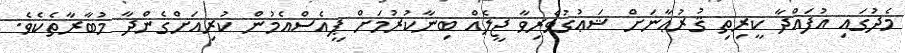
މެދުގައި އުފައްދާ ކީރިތި ޤުރުޢާނަށް ޝަޢުގުވެރިވާ ޖީލެއް ބިނާކުރުމަށް ޕީއެސްއެމުން ކުރިއަށްގެންދާ މުބާރާތެކެވެ.